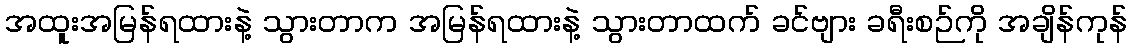
အထူးအမြန်ရထားနဲ့ သွားတာက အမြန်ရထားနဲ့ သွားတာထက် ခင်ဗျား ခရီးစဉ်ကို အချိန်ကုန်